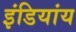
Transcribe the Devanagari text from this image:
इंडियांय